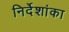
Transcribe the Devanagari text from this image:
निर्देशांका